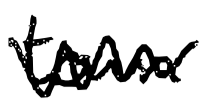
Text: town
Cross-out: zig-zag
Writing tool: digital_black